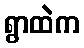
ရွာထဲက